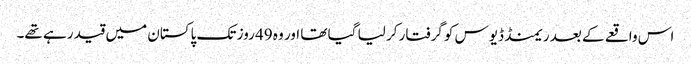
اس واقعے کے بعد ریمنڈ ڈیوس کو گرفتار کر لیا گیا تھا اور وہ 49 روز تک پاکستان میں قید رہے تھے۔